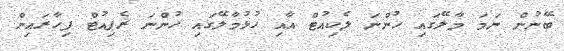
ބޭނުން ނަމަ މާލޭގައި ހުންނަ ލެކިއުޓް އާއި ހުޅުމާލޭގައި ހުންނަ ރެޕިއުޓް ފިހާރައިން